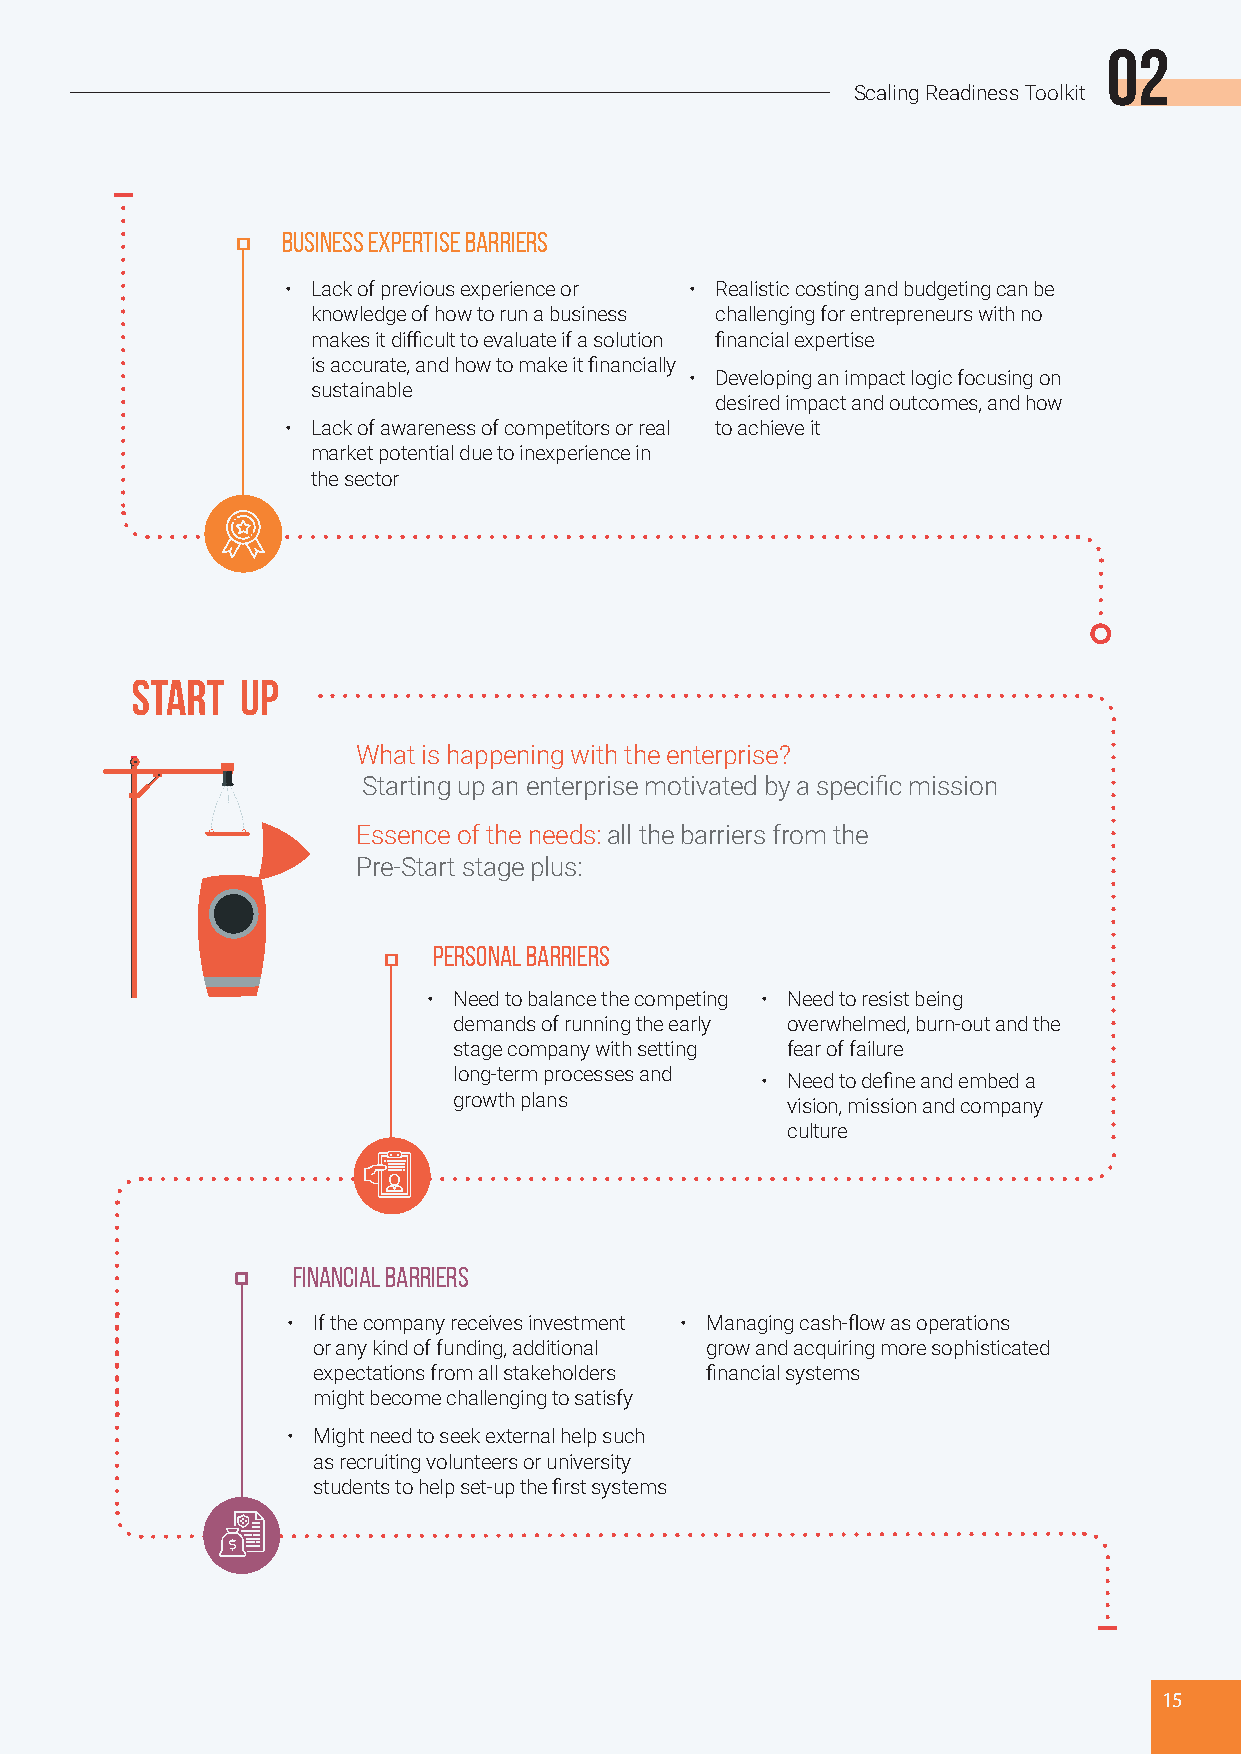
02
 Scaling Readiness Toolkit
 BUSINESS EXPERTISE BARRIERS
 • Lack of previous experience or • Realistic costing and budgeting can be
 knowledge of how to run a business challenging for entrepreneurs with no
 makes it difficult to evaluate if a solution financial expertise
 is accurate, and how to make it financially
 • Developing an impact logic focusing on
 sustainable
 desired impact and outcomes, and how
 • Lack of awareness of competitors or real to achieve it
 market potential due to inexperience in
 the sector
 start  up
 What is happening with the enterprise?
 Starting up an enterprise motivated by a specific mission
 Essence of the needs: all the barriers from the
 Pre-Start stage plus:
 PERSONAL BARRIERS
 • Need to balance the competing • Need to resist being
 demands of running the early overwhelmed, burn-out and the
 stage company with setting fear of failure
 long-term processes and
 • Need to define and embed a
 growth plans
 vision, mission and company
 culture
 FINANCIAL BARRIERS
 • If the company receives investment • Managing cash-flow as operations
 or any kind of funding, additional grow and acquiring more sophisticated
 expectations from all stakeholders financial systems
 might become challenging to satisfy
 • Might need to seek external help such
 as recruiting volunteers or university
 students to help set-up the first systems
 15